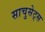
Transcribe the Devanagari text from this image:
साचुसेट्स